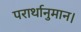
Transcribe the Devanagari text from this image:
परार्थानुमान।